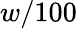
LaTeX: w/100